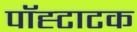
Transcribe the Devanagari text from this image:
पॉह्टाटक